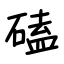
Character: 磕